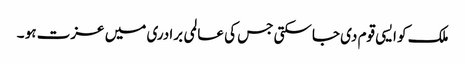
ملک کو ایسی قوم دی جاسکتی جس کی عالمی برادری میں عزت ہو ۔